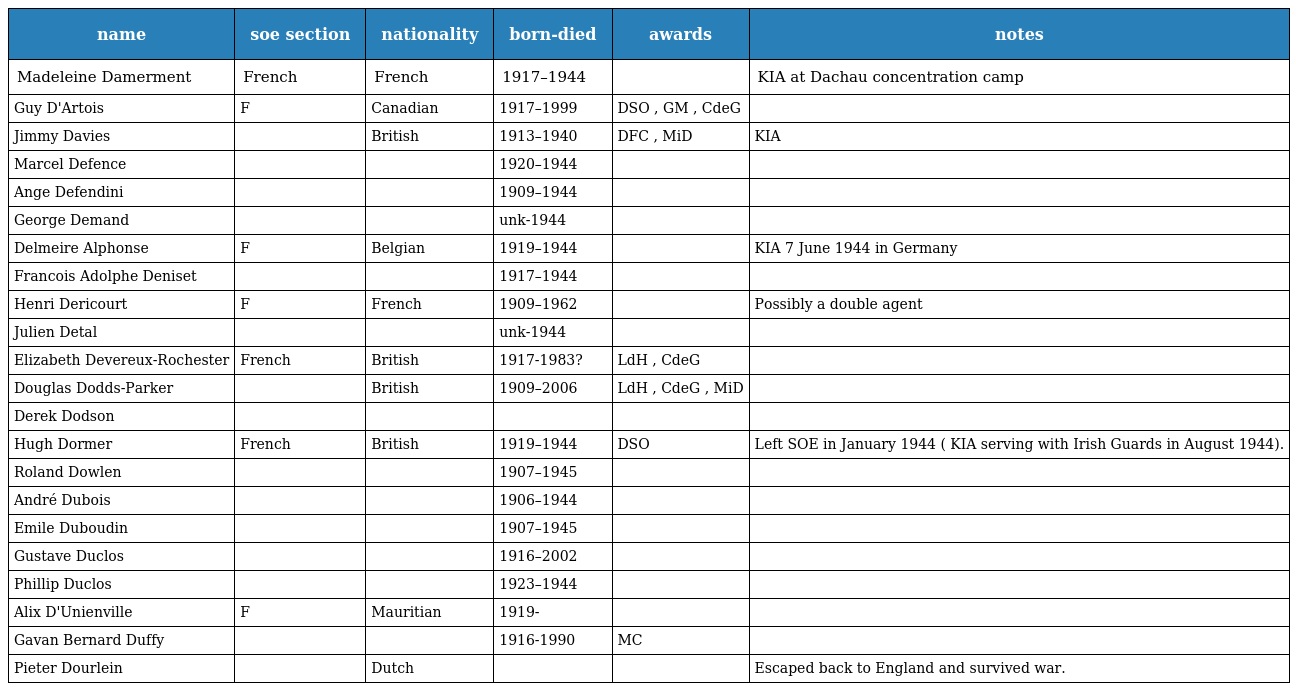
| name | soe section | nationality | born-died | awards | notes |
 | --- | --- | --- | --- | --- | --- |
 | Madeleine Damerment | French | French | 1917–1944 |  | KIA at Dachau concentration camp |
 | Guy D'Artois | F | Canadian | 1917–1999 | DSO , GM , CdeG |  |
 | Jimmy Davies |  | British | 1913–1940 | DFC , MiD | KIA |
 | Marcel Defence |  |  | 1920–1944 |  |  |
 | Ange Defendini |  |  | 1909–1944 |  |  |
 | George Demand |  |  | unk-1944 |  |  |
 | Delmeire Alphonse | F | Belgian | 1919–1944 |  | KIA 7 June 1944 in Germany |
 | Francois Adolphe Deniset |  |  | 1917–1944 |  |  |
 | Henri Dericourt | F | French | 1909–1962 |  | Possibly a double agent |
 | Julien Detal |  |  | unk-1944 |  |  |
 | Elizabeth Devereux-Rochester | French | British | 1917-1983? | LdH , CdeG |  |
 | Douglas Dodds-Parker |  | British | 1909–2006 | LdH , CdeG , MiD |  |
 | Derek Dodson |  |  |  |  |  |
 | Hugh Dormer | French | British | 1919–1944 | DSO | Left SOE in January 1944 ( KIA serving with Irish Guards in August 1944). |
 | Roland Dowlen |  |  | 1907–1945 |  |  |
 | André Dubois |  |  | 1906–1944 |  |  |
 | Emile Duboudin |  |  | 1907–1945 |  |  |
 | Gustave Duclos |  |  | 1916–2002 |  |  |
 | Phillip Duclos |  |  | 1923–1944 |  |  |
 | Alix D'Unienville | F | Mauritian | 1919- |  |  |
 | Gavan Bernard Duffy |  |  | 1916-1990 | MC |  |
 | Pieter Dourlein |  | Dutch |  |  | Escaped back to England and survived war. |